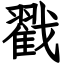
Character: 戳